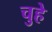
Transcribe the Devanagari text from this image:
चुहे